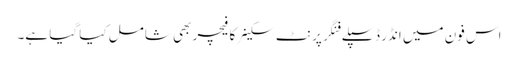
اس فون میں انڈر ڈسپلے فنگر پرنٹ سکینر کا فیچر بھی شامل کیا گیا ہے۔